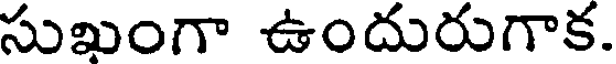
సుఖుంగా ఉందురుగాక.